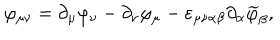
\varphi _ { \mu \nu } = \partial _ { \mu } \varphi _ { \nu } - \partial _ { \nu } \varphi _ { \mu } - \varepsilon _ { \mu \nu \alpha \beta } \partial _ { \alpha } \widetilde { \varphi } _ { \beta } ,